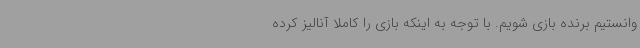
وانستیم برنده بازی شویم. با توجه به اینکه بازی را کاملا آنالیز کرده